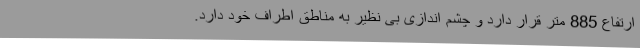
ارتفاع 885 متر قرار دارد و چشم اندازی بی نظیر به مناطق اطراف خود دارد.